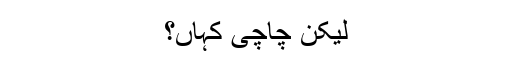
لیکن چاچی کہاں؟